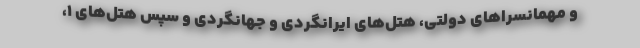
و مهمانسراهای دولتی، هتل‌های ایرانگردی و جهانگردی و سپس هتل‌های ۱،